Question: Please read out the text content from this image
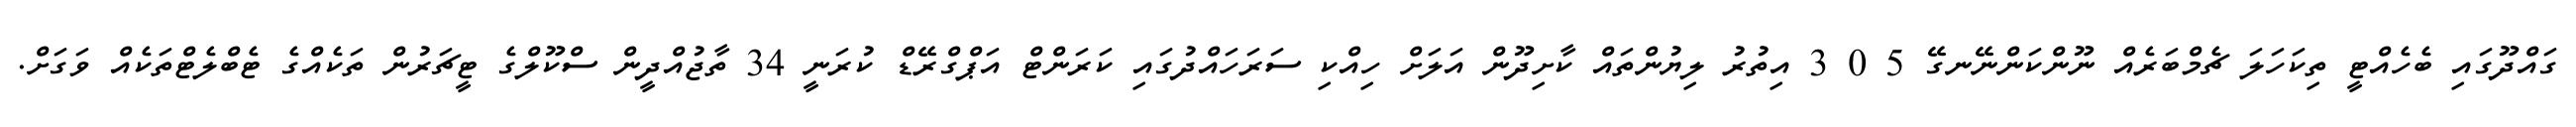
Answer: ގައްދޫގައި ބެހެއްޓީ ތިކަހަލަ ޗެމްބަރެއް ނޫންކަންނޭނގޭ 5 0 3 އިތުރު ލިޔުންތައް ކާށިދޫން އަލަށް ހިއްކި ސަރަހައްދުގައި ކަރަންޓް އަޕްގްރޭޑް ކުރަނީ 34 ތާޖުއްދީން ސްކޫލްގެ ޓީޗަރުން ތަކެއްގެ ޓެބްލެޓްތަކެއް ވަގަށް.